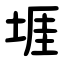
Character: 堐